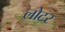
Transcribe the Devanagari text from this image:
लोटर